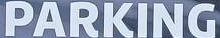
PARKING